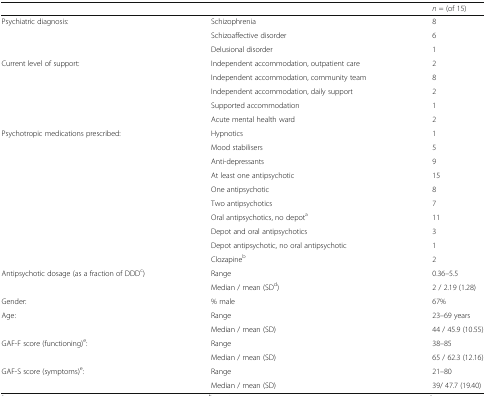
<table><thead><tr><td colspan="2"></td><td><b><i>n</i> = (of 15)</b></td></tr></thead><tbody><tr><td rowspan="3">Psychiatric diagnosis:</td><td>Schizophrenia</td><td>8</td></tr><tr><td>Schizoaffective disorder</td><td>6</td></tr><tr><td>Delusional disorder</td><td>1</td></tr><tr><td rowspan="5">Current level of support:</td><td>Independent accommodation, outpatient care</td><td>2</td></tr><tr><td>Independent accommodation, community team</td><td>8</td></tr><tr><td>Independent accommodation, daily support</td><td>2</td></tr><tr><td>Supported accommodation</td><td>1</td></tr><tr><td>Acute mental health ward</td><td>2</td></tr><tr><td rowspan="10">Psychotropic medications prescribed:</td><td>Hypnotics</td><td>1</td></tr><tr><td>Mood stabilisers</td><td>5</td></tr><tr><td>Anti-depressants</td><td>9</td></tr><tr><td>At least one antipsychotic</td><td>15</td></tr><tr><td>One antipsychotic</td><td>8</td></tr><tr><td>Two antipsychotics</td><td>7</td></tr><tr><td>Oral antipsychotics, no depot<sup>a</sup></td><td>11</td></tr><tr><td>Depot and oral antipsychotics</td><td>3</td></tr><tr><td>Depot antipsychotic, no oral antipsychotic</td><td>1</td></tr><tr><td>Clozapine<sup>b</sup></td><td>2</td></tr><tr><td rowspan="2">Antipsychotic dosage (as a fraction of DDD<sup>c</sup>)</td><td>Range</td><td>0.36–5.5</td></tr><tr><td>Median / mean (SD<sup>d</sup>)</td><td>2 / 2.19 (1.28)</td></tr><tr><td>Gender:</td><td>% male</td><td>67%</td></tr><tr><td rowspan="2">Age:</td><td>Range</td><td>23–69 years</td></tr><tr><td>Median / mean (SD)</td><td>44 / 45.9 (10.55)</td></tr><tr><td rowspan="2">GAF-F score (functioning)<sup>e</sup>:</td><td>Range</td><td>38–85</td></tr><tr><td>Median / mean (SD)</td><td>65 / 62.3 (12.16)</td></tr><tr><td rowspan="2">GAF-S score (symptoms)<sup>e</sup>:</td><td>Range</td><td>21–80</td></tr><tr><td>Median / mean (SD)</td><td>39/ 47.7 (19.40)</td></tr></tbody></table>